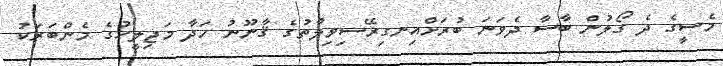
މެސީގެ ދެ ގޯލުން ބާސާ ދެވަނަ ބުރަށްއިނގިރޭސިވިލާތުގެ ޤާނޫނު ހަދާ މަޖިލީހުގެ މެންބަރަކު